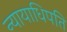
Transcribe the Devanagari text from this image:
न्यायाधिपति